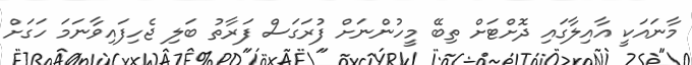
މާނައަކީ އާއިލާގައި ދޮށްޓަށް ތިބޭ މީހުންނަށް ފުރަގަސް ފަރާތު ބަލި ޖެހިފައިވާނަމަ ހަގަށް